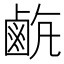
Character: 𪉡